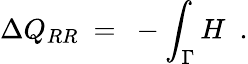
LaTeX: \Delta Q_{RR}\ =\ -\int_{\Gamma}H\ \ .